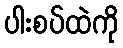
ပါးစပ်ထဲကို